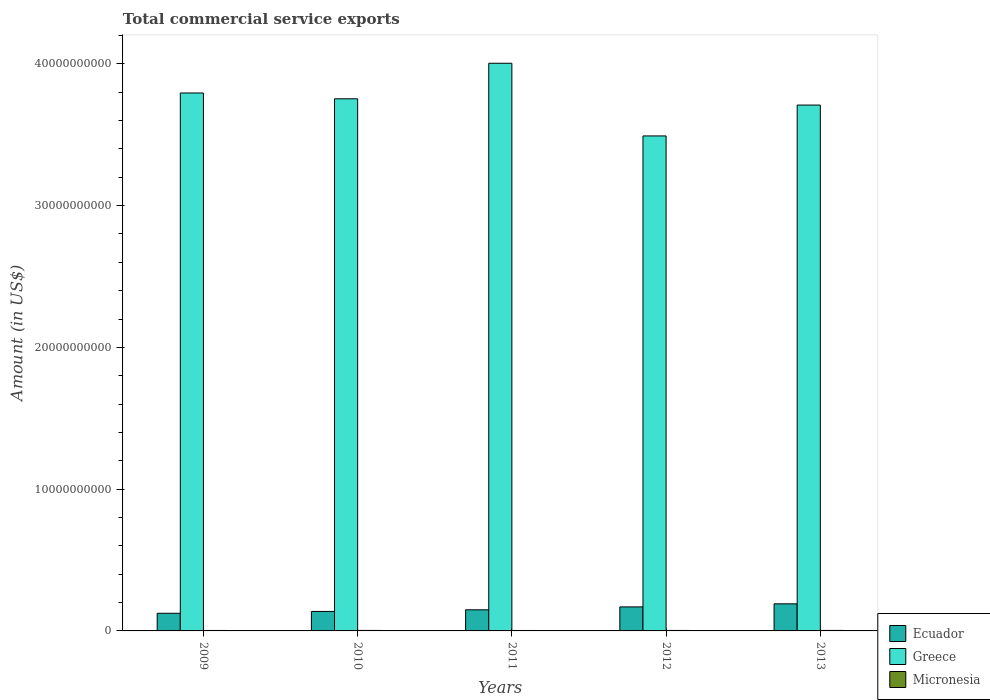
| Years | Ecuador | Greece | Micronesia |
 | --- | --- | --- | --- |
 | 2009 | 1.24e+09 | 3.79e+10 | 3.21e+07 |
 | 2010 | 1.38e+09 | 3.75e+10 | 3.5e+07 |
 | 2011 | 1.49e+09 | 4e+10 | 3.13e+07 |
 | 2012 | 1.69e+09 | 3.49e+10 | 3.4e+07 |
 | 2013 | 1.91e+09 | 3.71e+10 | 3.59e+07 |